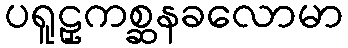
ပရူဠှကစ္ဆနခလောမာ